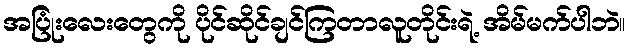
အပြုံးလေးတွေကို ပိုင်ဆိုင်ချင်ကြတာလူတိုင်းရဲ့ အိမ်မက်ပါဘဲ။